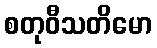
စတုဝီသတိမော